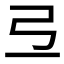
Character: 弖